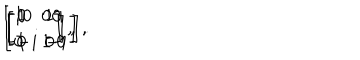
LaTeX: \left[ \begin{array} { c c } { { 1 } } & { { 0 } } \\ { { 0 } } & { { 1 } } \\ \end{array} \right] , \hspace { 2 m m } \left[ \begin{array} { c c } { { 0 } } & { { 1 } } \\ { { 1 } } & { { 0 } } \\ \end{array} \right] , \hspace { 2 m m } \left[ \begin{array} { c c } { { 0 } } & { { i } } \\ { { - i } } & { { 0 } } \\ \end{array} \right] , \hspace { 2 m m } \left[ \begin{array} { c c } { { 1 } } & { { 0 } } \\ { { 0 } } & { { - 1 } } \\ \end{array} \right] .